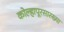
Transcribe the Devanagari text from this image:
कोल्हापूरसारख्या